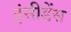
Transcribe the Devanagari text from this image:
इंसीडेंस